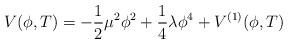
LaTeX: \begin{align*}V(\phi ,T)=-{\frac{1}{2}}\mu ^{2}\phi ^{2}+\frac{1}{4}\lambda \phi^{4}+V^{(1)}(\phi ,T) \end{align*}